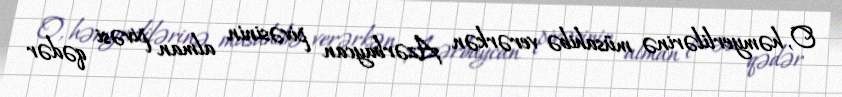
O, həmyerlilərinə müsahibə verərkən Azərbaycan pivəsinin alman pivəsi qədər